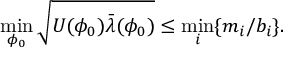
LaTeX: \operatorname * { m i n } _ { \phi _ { 0 } } \sqrt { U ( \phi _ { 0 } ) \bar { \lambda } ( \phi _ { 0 } ) } \le \operatorname * { m i n } _ { i } \{ m _ { i } / b _ { i } \} .